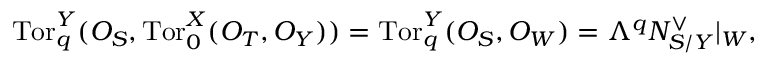
\mathrm { T o r } _ { q } ^ { Y } ( { \cal O } _ { S } , \mathrm { T o r } _ { 0 } ^ { X } ( { \cal O } _ { T } , { \cal O } _ { Y } ) ) = \mathrm { T o r } _ { q } ^ { Y } ( { \cal O } _ { S } , { \cal O } _ { W } ) = \Lambda ^ { q } { \cal N } _ { S / Y } ^ { \vee } | _ { W } ,